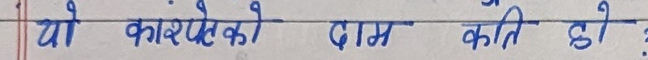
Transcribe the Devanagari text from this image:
यो कार्पेटको दाम कति हो ?